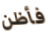
فأظن